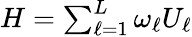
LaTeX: \begin{array}{r}{H=\sum_{\ell=1}^{L}\omega_{\ell}U_{\ell}}\end{array}